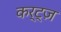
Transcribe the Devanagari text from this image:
कर्ट्ज़